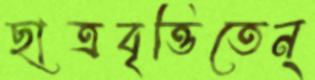
ছাত্রবৃত্তিতেন্